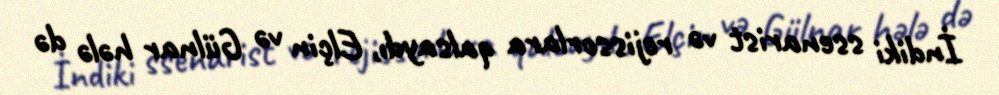
İndiki ssenarist və rejissorlara qalsaydı, Elçin və Gülnar hələ də